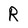
Character: R